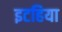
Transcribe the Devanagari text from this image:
इटहिया